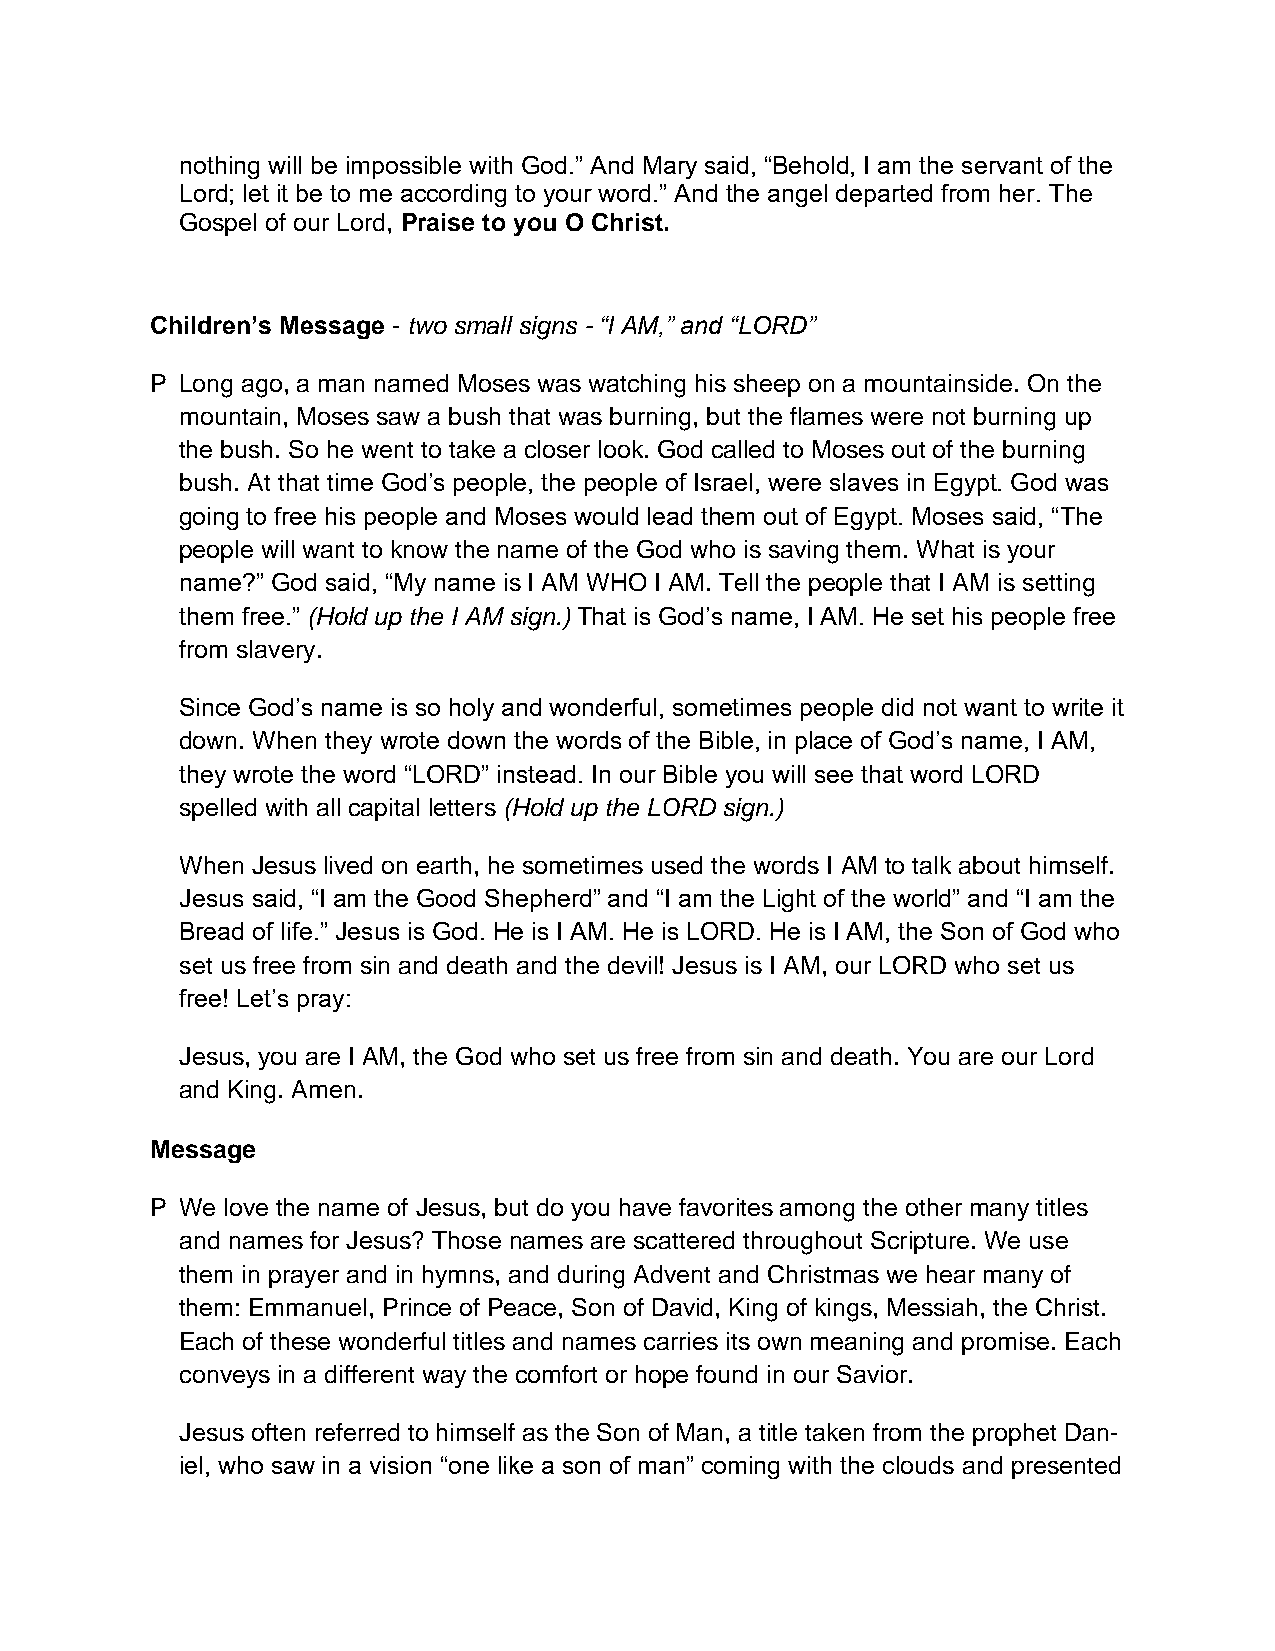
nothing will be impossible with God.” And Mary said, “Behold, I am the servant of the
 Lord; let it be to me according to your word.” And the angel departed from her. The
 Gospel of our Lord, Praise to you O Christ.
 Children’s Message - two small signs - “I AM,” and “LORD”
 P Long ago, a man named Moses was watching his sheep on a mountainside. On the
 mountain, Moses saw a bush that was burning, but the flames were not burning up
 the bush. So he went to take a closer look. God called to Moses out of the burning
 bush. At that time God’s people, the people of Israel, were slaves in Egypt. God was
 going to free his people and Moses would lead them out of Egypt. Moses said, “The
 people will want to know the name of the God who is saving them. What is your
 name?” God said, “My name is I AM WHO I AM. Tell the people that I AM is setting
 them free.” (Hold up the I AM sign.) That is God’s name, I AM. He set his people free
 from slavery.
 Since God’s name is so holy and wonderful, sometimes people did not want to write it
 down. When they wrote down the words of the Bible, in place of God’s name, I AM,
 they wrote the word “LORD” instead. In our Bible you will see that word LORD
 spelled with all capital letters (Hold up the LORD sign.)
 When Jesus lived on earth, he sometimes used the words I AM to talk about himself.
 Jesus said, “I am the Good Shepherd” and “I am the Light of the world” and “I am the
 Bread of life.” Jesus is God. He is I AM. He is LORD. He is I AM, the Son of God who
 set us free from sin and death and the devil! Jesus is I AM, our LORD who set us
 free! Let’s pray:
 Jesus, you are I AM, the God who set us free from sin and death. You are our Lord
 and King. Amen.
 Message
 P We love the name of Jesus, but do you have favorites among the other many titles
 and names for Jesus? Those names are scattered throughout Scripture. We use
 them in prayer and in hymns, and during Advent and Christmas we hear many of
 them: Emmanuel, Prince of Peace, Son of David, King of kings, Messiah, the Christ.
 Each of these wonderful titles and names carries its own meaning and promise. Each
 conveys in a different way the comfort or hope found in our Savior.
 Jesus often referred to himself as the Son of Man, a title taken from the prophet Dan-
 iel, who saw in a vision “one like a son of man” coming with the clouds and presented